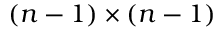
( n - 1 ) \times ( n - 1 )